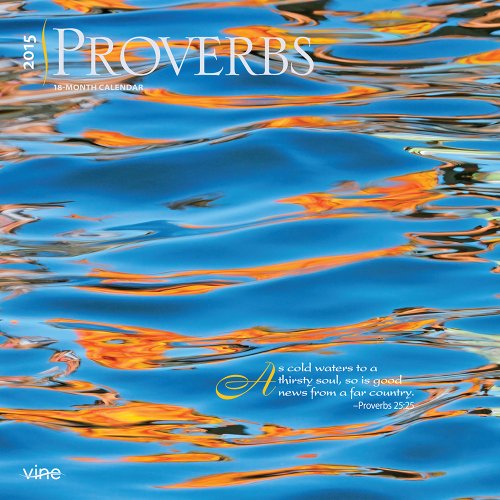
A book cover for Proverbs 2015 Square 12x12 Vine Publications (Multilingual Edition); BrownTrout; Calendars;